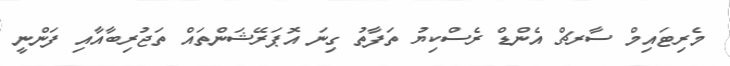
މެރިޓައިމް ސާރޗް އެންޑް ރެސްކިޔު ތަފާތު ގިނަ އޮޕަރޭޝަންތައް ތަޖުރިބާއާއި ފަންނީ